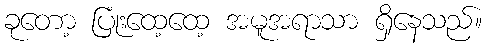
ခုတော့ ပြုံးထေ့ထေ့ အမူအရာသာ ရှိနေသည်။